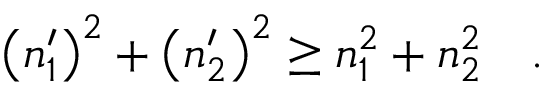
\left( n _ { 1 } ^ { \prime } \right) ^ { 2 } + \left( n _ { 2 } ^ { \prime } \right) ^ { 2 } \ge n _ { 1 } ^ { 2 } + n _ { 2 } ^ { 2 } \quad .